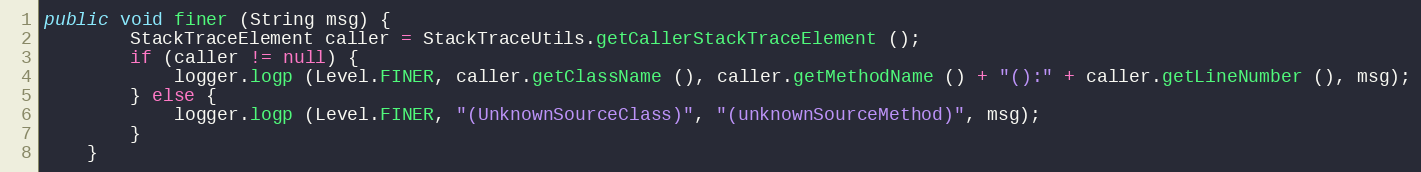
Language: Java
public void finer (String msg) {
		StackTraceElement caller = StackTraceUtils.getCallerStackTraceElement ();
		if (caller != null) {
			logger.logp (Level.FINER, caller.getClassName (), caller.getMethodName () + "():" + caller.getLineNumber (), msg);
		} else {
			logger.logp (Level.FINER, "(UnknownSourceClass)", "(unknownSourceMethod)", msg);
		}
	}